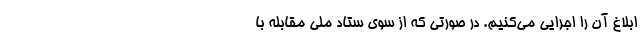
ابلاغ آن را اجرایی می‌کنیم. در صورتی که از سوی ستاد ملی مقابله با